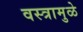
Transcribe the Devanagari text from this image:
वस्त्रामुळे